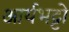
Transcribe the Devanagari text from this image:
आर्यभट्टो